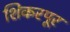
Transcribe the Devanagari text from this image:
शिकरपूर